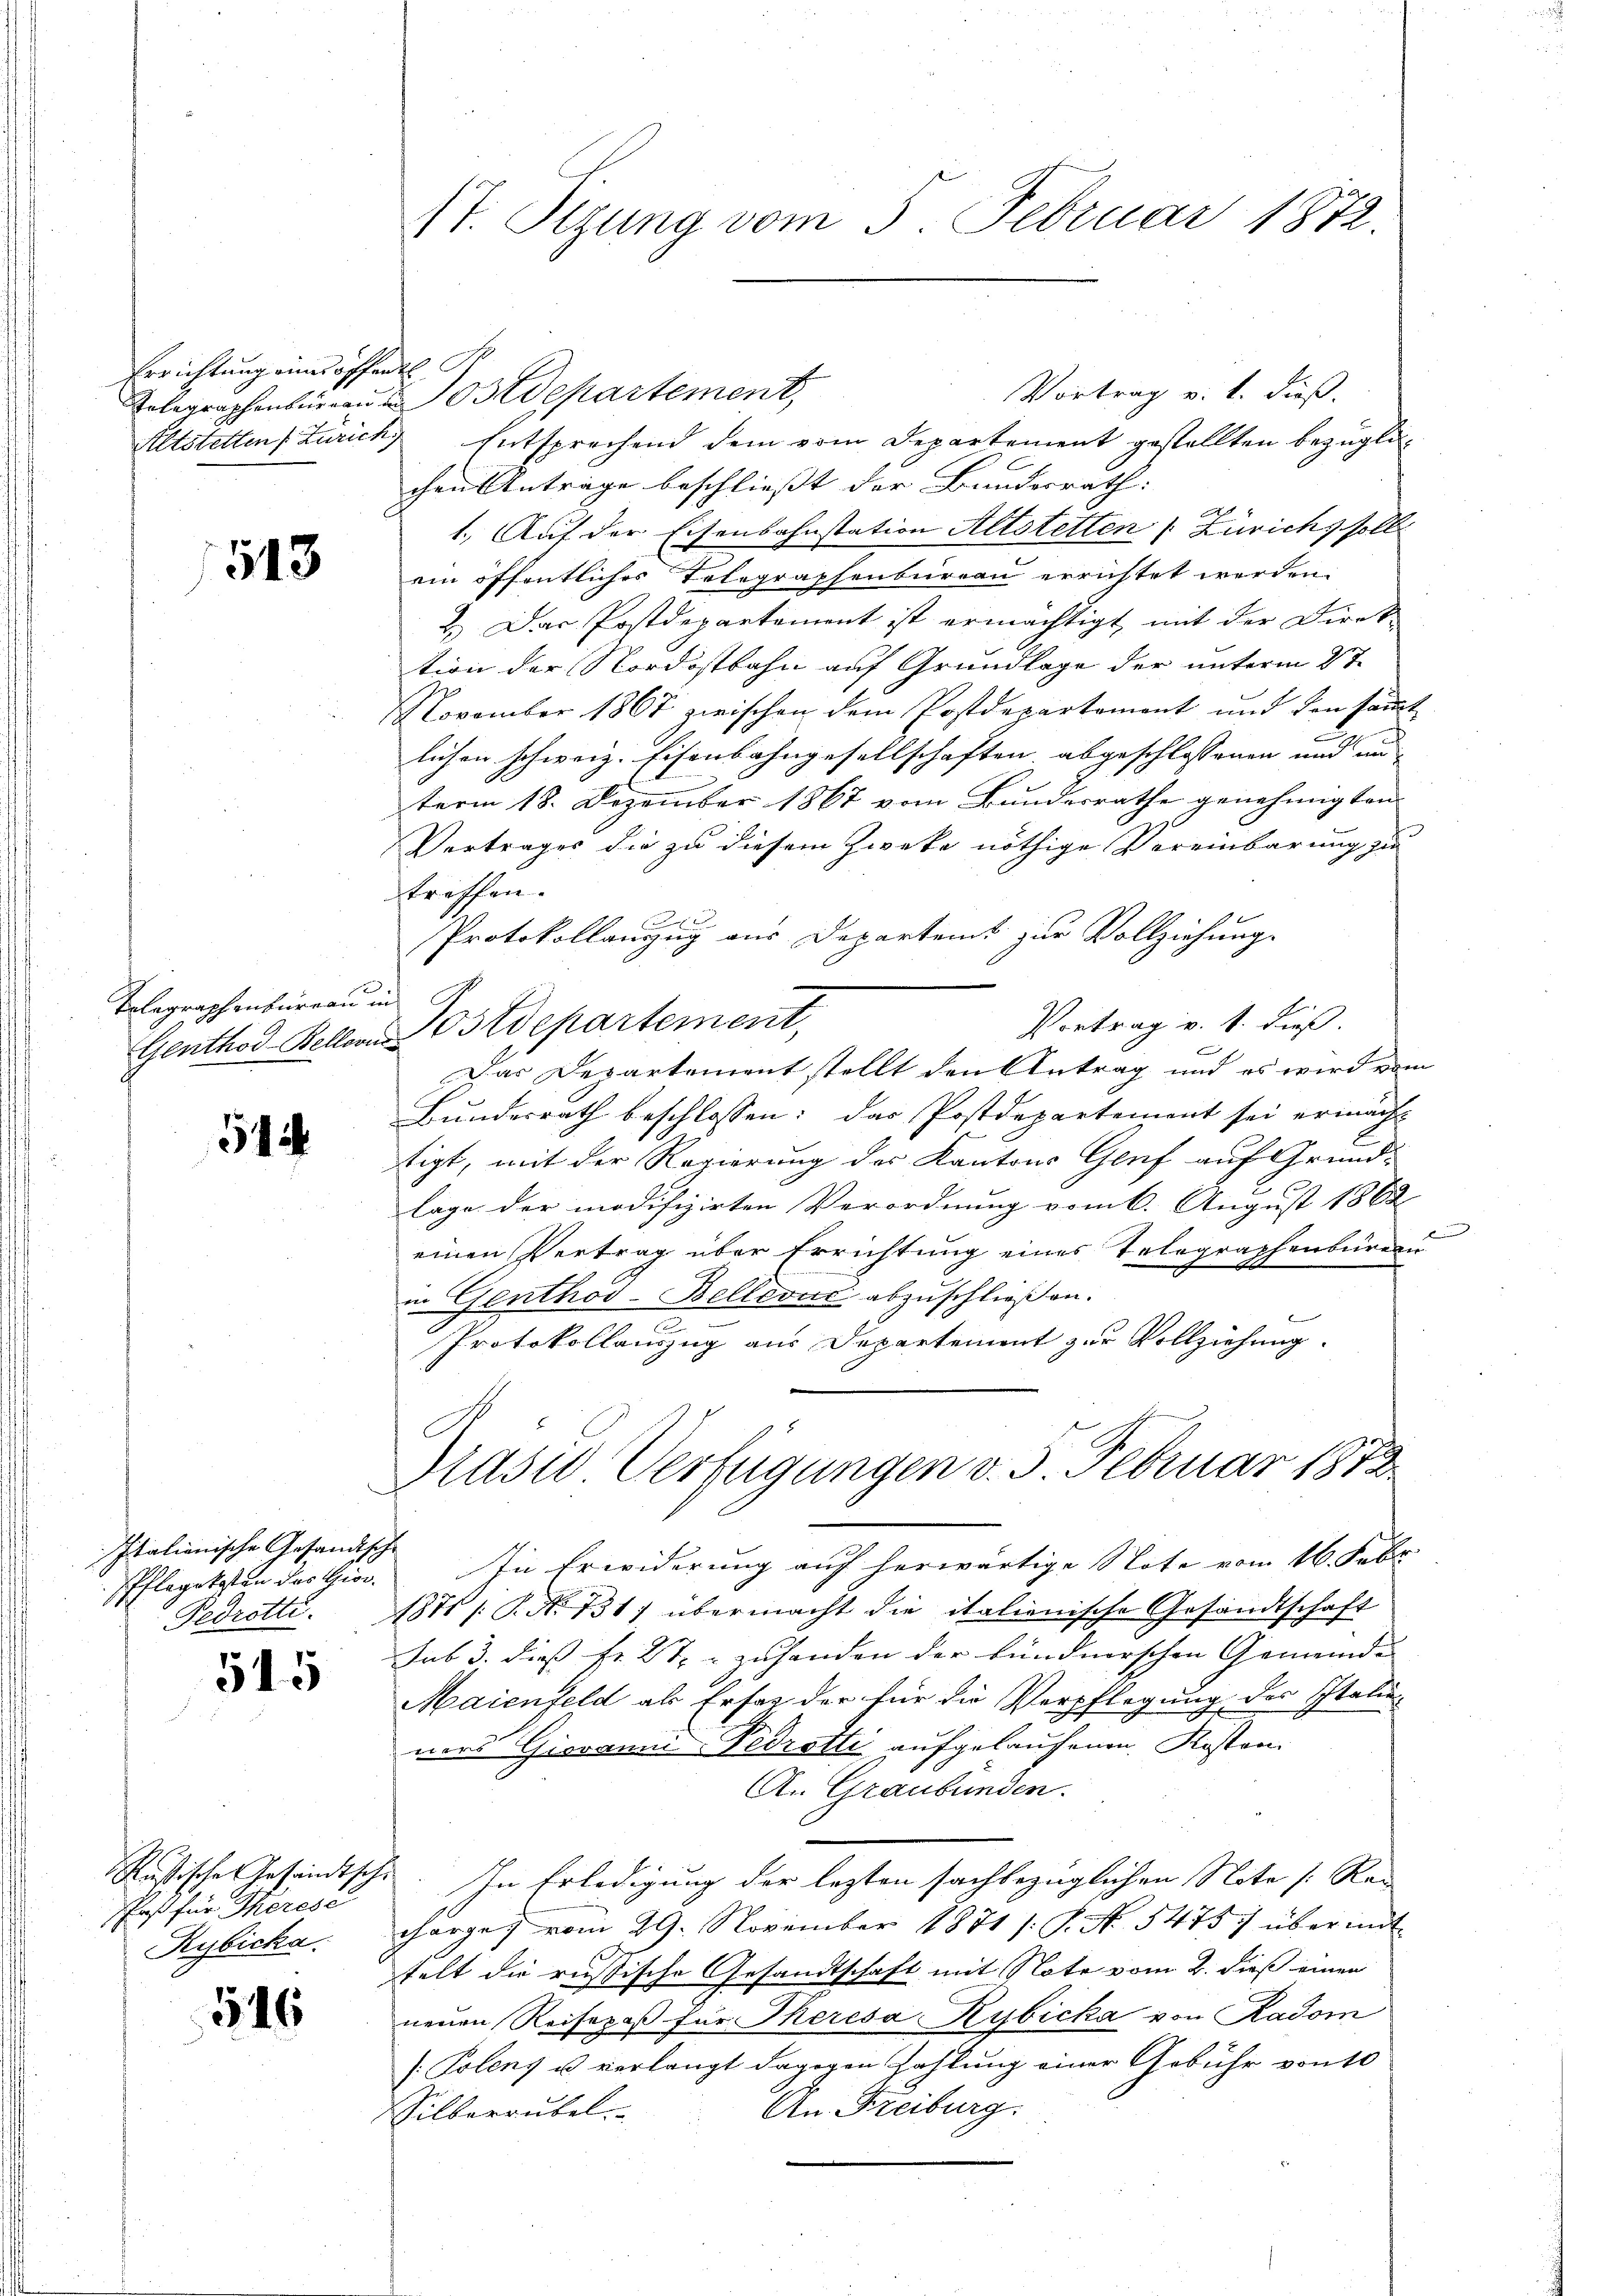
Errichtung eines offentl

513

Telegraphenbüreau in

54

Italienische Gesandtsche
Pflegekosten des Gior.

545

aß für Therese
Rybicka

546

Vortrag v. 1. dieß.
Telegraphenbüreaŭ u ostdepartement,
Altstetten Zürich) Entsprechend dem vom Departement gestellten bezüglichen Anträge beschliesst der Bundesrath:
A
1. Auf der Eisenbahnstation Altstetten (Zürichs soll
ein öffentliches Telegraphenbureau errichtet werden.
2. Das Postdepartement ist ermächtigt, mit der Direk-
tion der Nordostbahn auf Grundlage der unterm 8te
November 1867 zwischen dem Postdepartement und den sammt
lichen schweiz. Eisenbahngesellschaften abgeschlossenen und und
term 18. Dezember 1867 vom Bundesrathe genehmigten
Vertrages die zu diesem Zwecke nöthige Vereinbarung zu
treffen.
 xx
Protokollanzug aus Departeit zur Vollziehung.
Vortrag v. 1. dieß.
Genthod Keller Ostdepartement,
Das Departement stellt den Antrag und es wird vom
Bundesrath beschlossen: das Postdepartement sei ermacht
tigt, mit der Regierung des Kantons Genf auf Grundlage der modifizirten Verordnung vom 6. August 1862

einen Vertrag über Errichtung eines Telegraphenbureau
in Genthod-Bellevuc abzuschließen.
Protokollauszug aus Departement zur Vollziehung.
m
E
rasse Verfügungen v. 5. Februar 1873
In Erwiderung auf herwärtige Note vom 16. Febr.
Pedrotti. 1871 /: No 731) übermacht die italienische Gesandtschaft
sub 3. dies Fr. 27 - zuhanden der kundnerschen Gemeinde |
Maienfeld als Ersar der für die Verpflegung des Italie
ners Giovann-Fedrotti aufgelaufenen Kosten
An Graubünden.
Russische Gesandtsche. In Erledigung der lezten sachbezüglichen Note [Rei
charge vom 29. November 1871 /: P. N. 5475 übermit
felt die russische Gesandtschaft mit Note vom 2. dieß einen
neuen Reisepaß für Theresa Kybicka von Radom
[Polenz u. verlangt dagegen Zahlung einer Gebühr von 10
An Freiburg.
Silberrübel.

17. Sizung vom 5. Februar 1872.